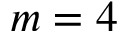
m = 4